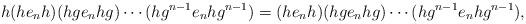
LaTeX: \begin{align*}h (he_nh) (hge_nhg)\cdots (hg^{n-1}e_nhg^{n-1}) = (he_nh) (hge_nhg) \cdots (hg^{n-1}e_nhg^{n-1}), \end{align*}